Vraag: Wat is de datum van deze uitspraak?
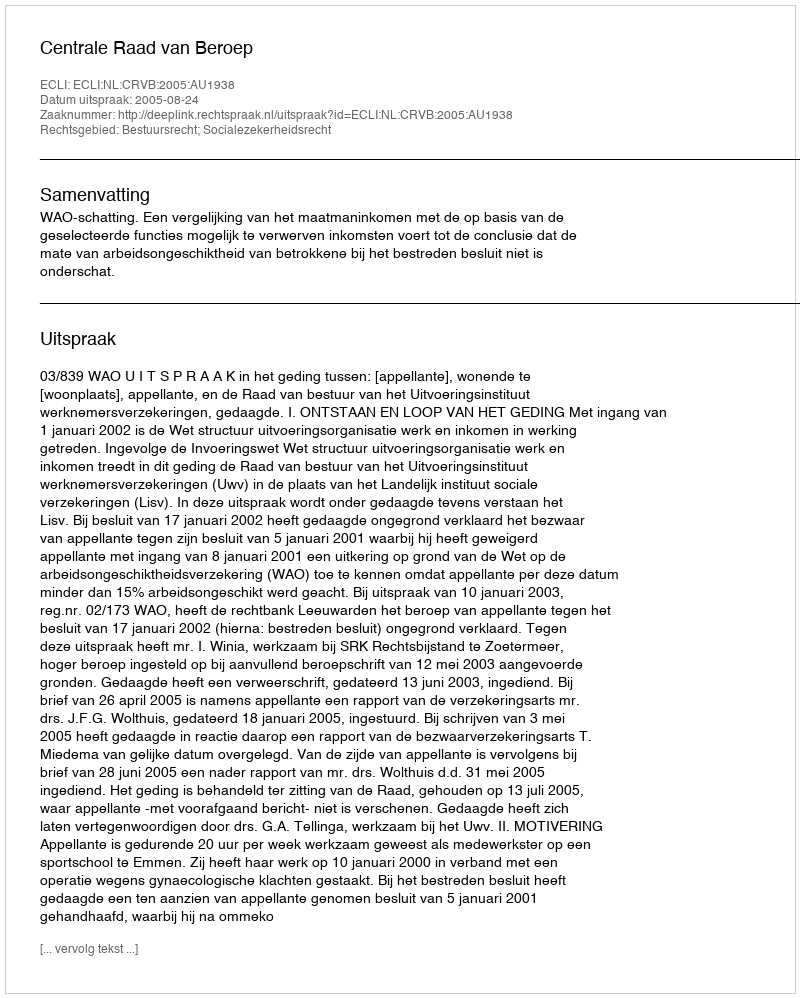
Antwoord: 2005-08-24